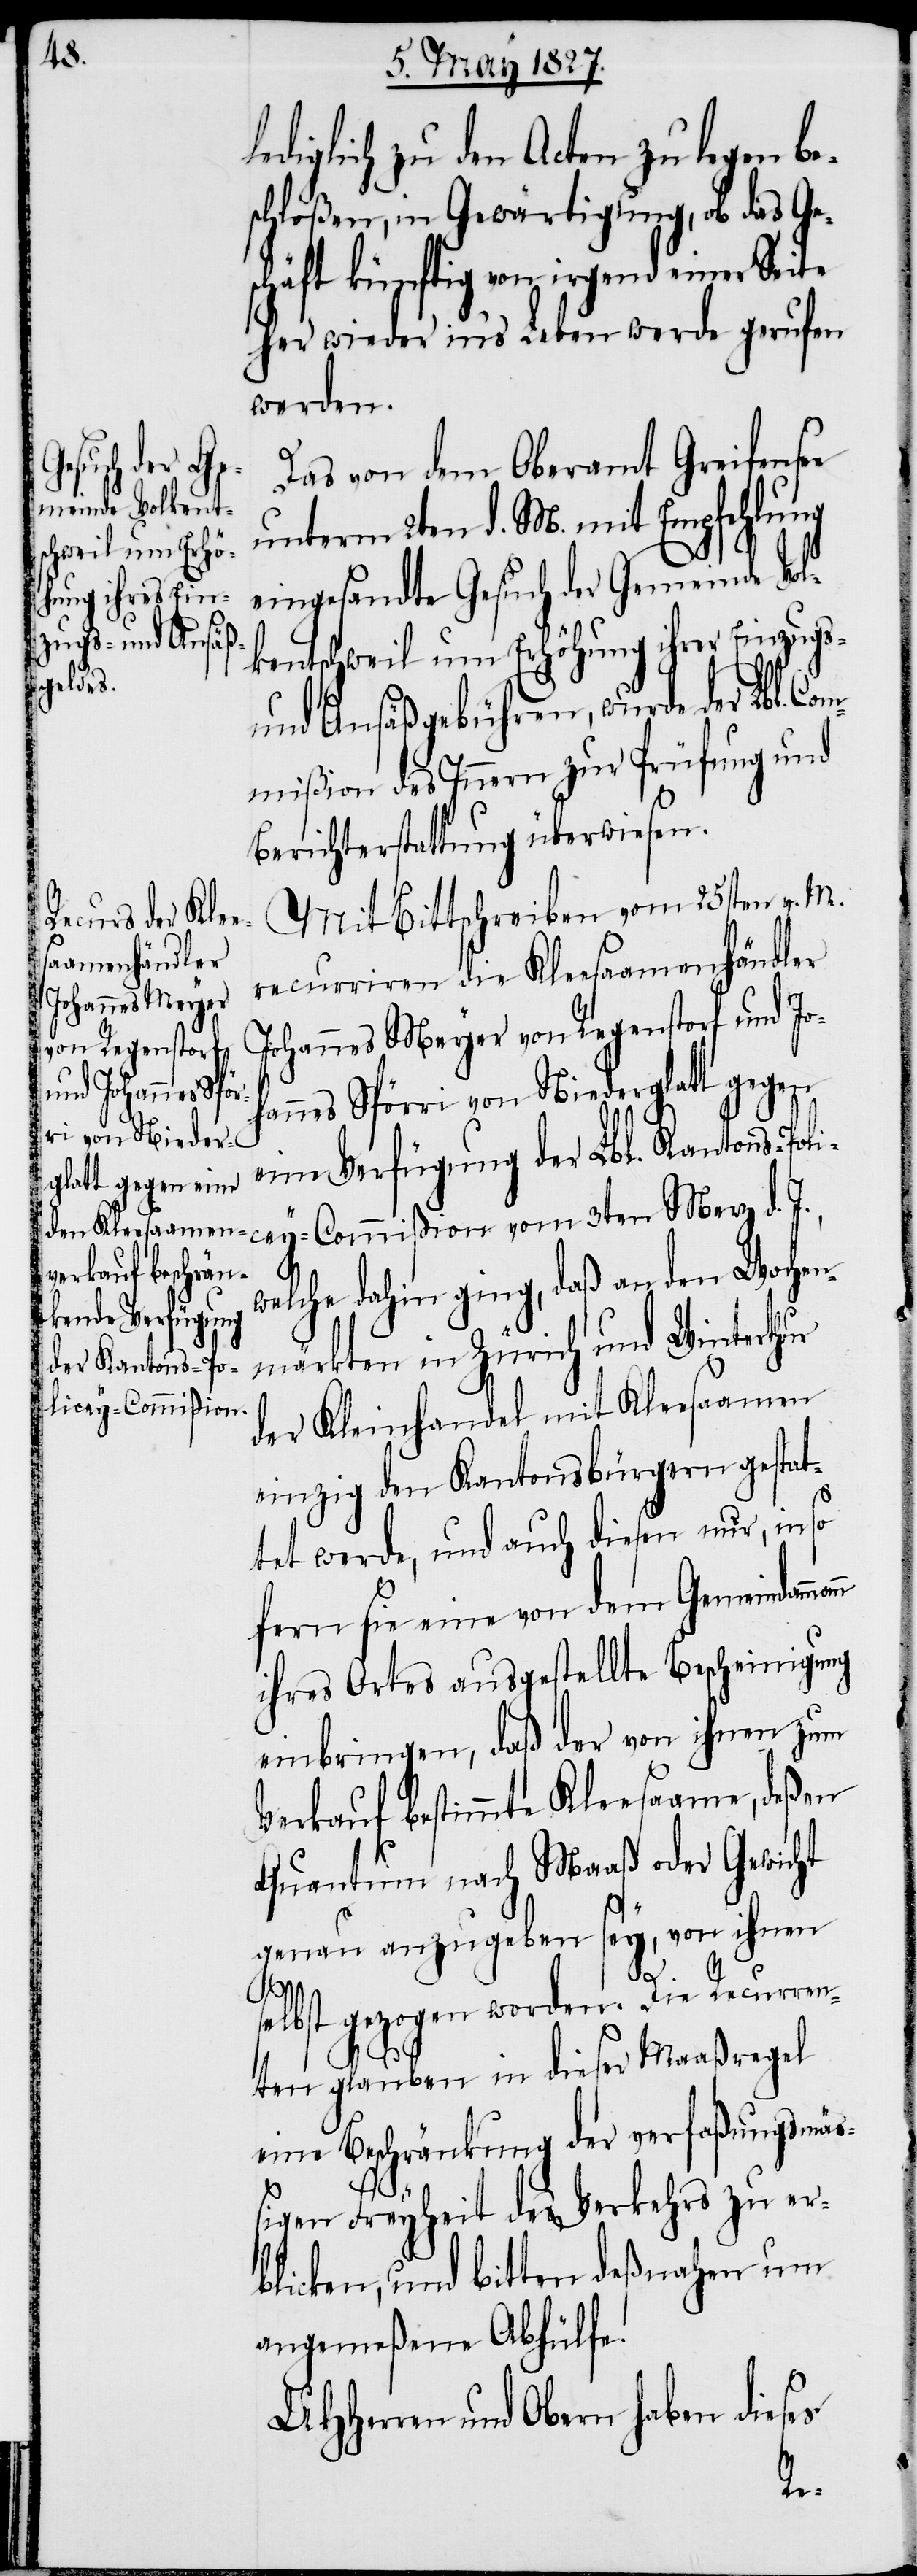
diglich zu den Acten zu legen be¬
schloßen, in Gewärtigung, ob das Ge¬
schäft künftig von irgend einer Seite
her wieder in’s Leben werde gerufen
werden.
Das von dem Oberamt Greifensee
unterm 2ten d. M. mit Empfehlung
eingesandte Gesuch der Gemeinde Vol¬
kentschweil um Erhöhung ihrer Einzugs-
und Ansäßgebühren, wurde der Lbl. Co¬
mmißion des Innern zur Prüfung und
Berichterstattung überwiesen.
Mit Bittschreiben vom 25sten v. M.
recurriren die Kleesaamenhändler
Johannes Meyer von Regenstorf und Joh¬
annes Spörri von Niederglatt gegen
eine Verfügung der Lbl. Kantons-Poli¬
cey-Commißion vom 3ten Merz d. J.,
welche dahin ging, daß an den Wochen¬
märkten in Zürich und Winterthur
der Kleinhandel mit Kleesaamen
einzig den Kantonsbürgern gestat¬
tet werde, und auch diesen nur, inso
fern sie eine von dem Gemeindam¬
ihres Ortes ausgestellte Bescheinigung
einbringen, daß der von ihnen zum
Verkauf bestimmte Kleesaame, deßen
Quantum nach Maaß oder Gewicht
genau anzugeben sey, von ihnen
selbst gezogen worden. Die Recurren¬
ten glauben in dieser Maaßregel
eine Beschränkung der verfaßungsmä¬
n
ßigen Freyheit des Verkehrs zu er¬
blicken, und bitten deßnahen um
angemeßene Abhülfe.
UHHerren und Obern haben dieses
man¬